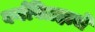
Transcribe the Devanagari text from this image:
वर्गविग्रहाचे